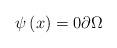
LaTeX: \begin{align*}\psi\left( x\right) =0\partial\Omega\end{align*}